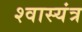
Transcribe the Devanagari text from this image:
श्वास्यंत्र